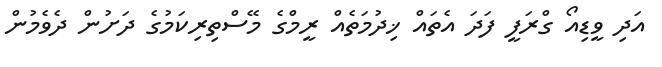
އަދި ވީޑިއޯ ގްރަފީ ފަދަ އެތައް ޚިދުމަތެއް ރީމްގެ މޭސްތިރިކަމުގެ ދަށުން ދެވެމުން